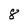
Character: 8